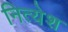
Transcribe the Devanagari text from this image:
नित्येश